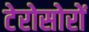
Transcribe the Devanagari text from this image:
टेरोसोरों